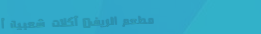
مطعم الريف: أكلات شعبية أ